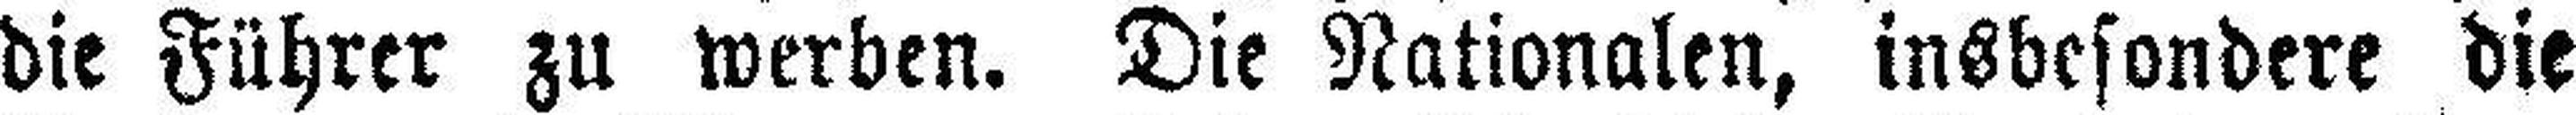
die Führer zu werben. Die Nationalen, insbesondere die